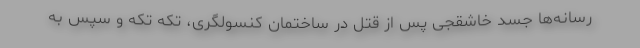
رسانه‌ها جسد خاشقجی پس از قتل در ساختمان کنسولگری، تکه تکه و سپس به